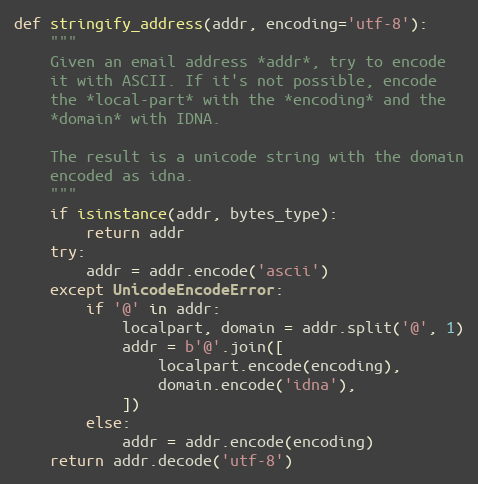
Language: Python
def stringify_address(addr, encoding='utf-8'):
    """
    Given an email address *addr*, try to encode
    it with ASCII. If it's not possible, encode
    the *local-part* with the *encoding* and the
    *domain* with IDNA.

    The result is a unicode string with the domain
    encoded as idna.
    """
    if isinstance(addr, bytes_type):
        return addr
    try:
        addr = addr.encode('ascii')
    except UnicodeEncodeError:
        if '@' in addr:
            localpart, domain = addr.split('@', 1)
            addr = b'@'.join([
                localpart.encode(encoding),
                domain.encode('idna'),
            ])
        else:
            addr = addr.encode(encoding)
    return addr.decode('utf-8')